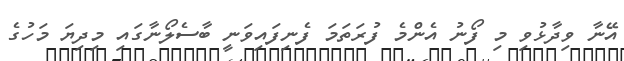
އޭނާ ވިދާޅުވި މި ފޯނު އެންމެ ފުރަތަމަ ފެނިފައިވަނީ ބާސެލޯނާގައި މިދިޔަ މަހުގެ